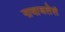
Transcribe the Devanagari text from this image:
नावाजलेलं